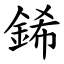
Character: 䤭